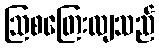
ဩစတြေးလျသည်